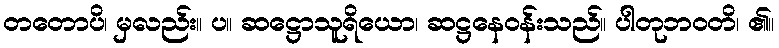
တတောပိ၊ မှလည်း။ ပ။ ဆဋ္ဌောသူရိယော၊ ဆဋ္ဌနေဝန်းသည်။ ပါတုဘဝတိ၊ ၏။